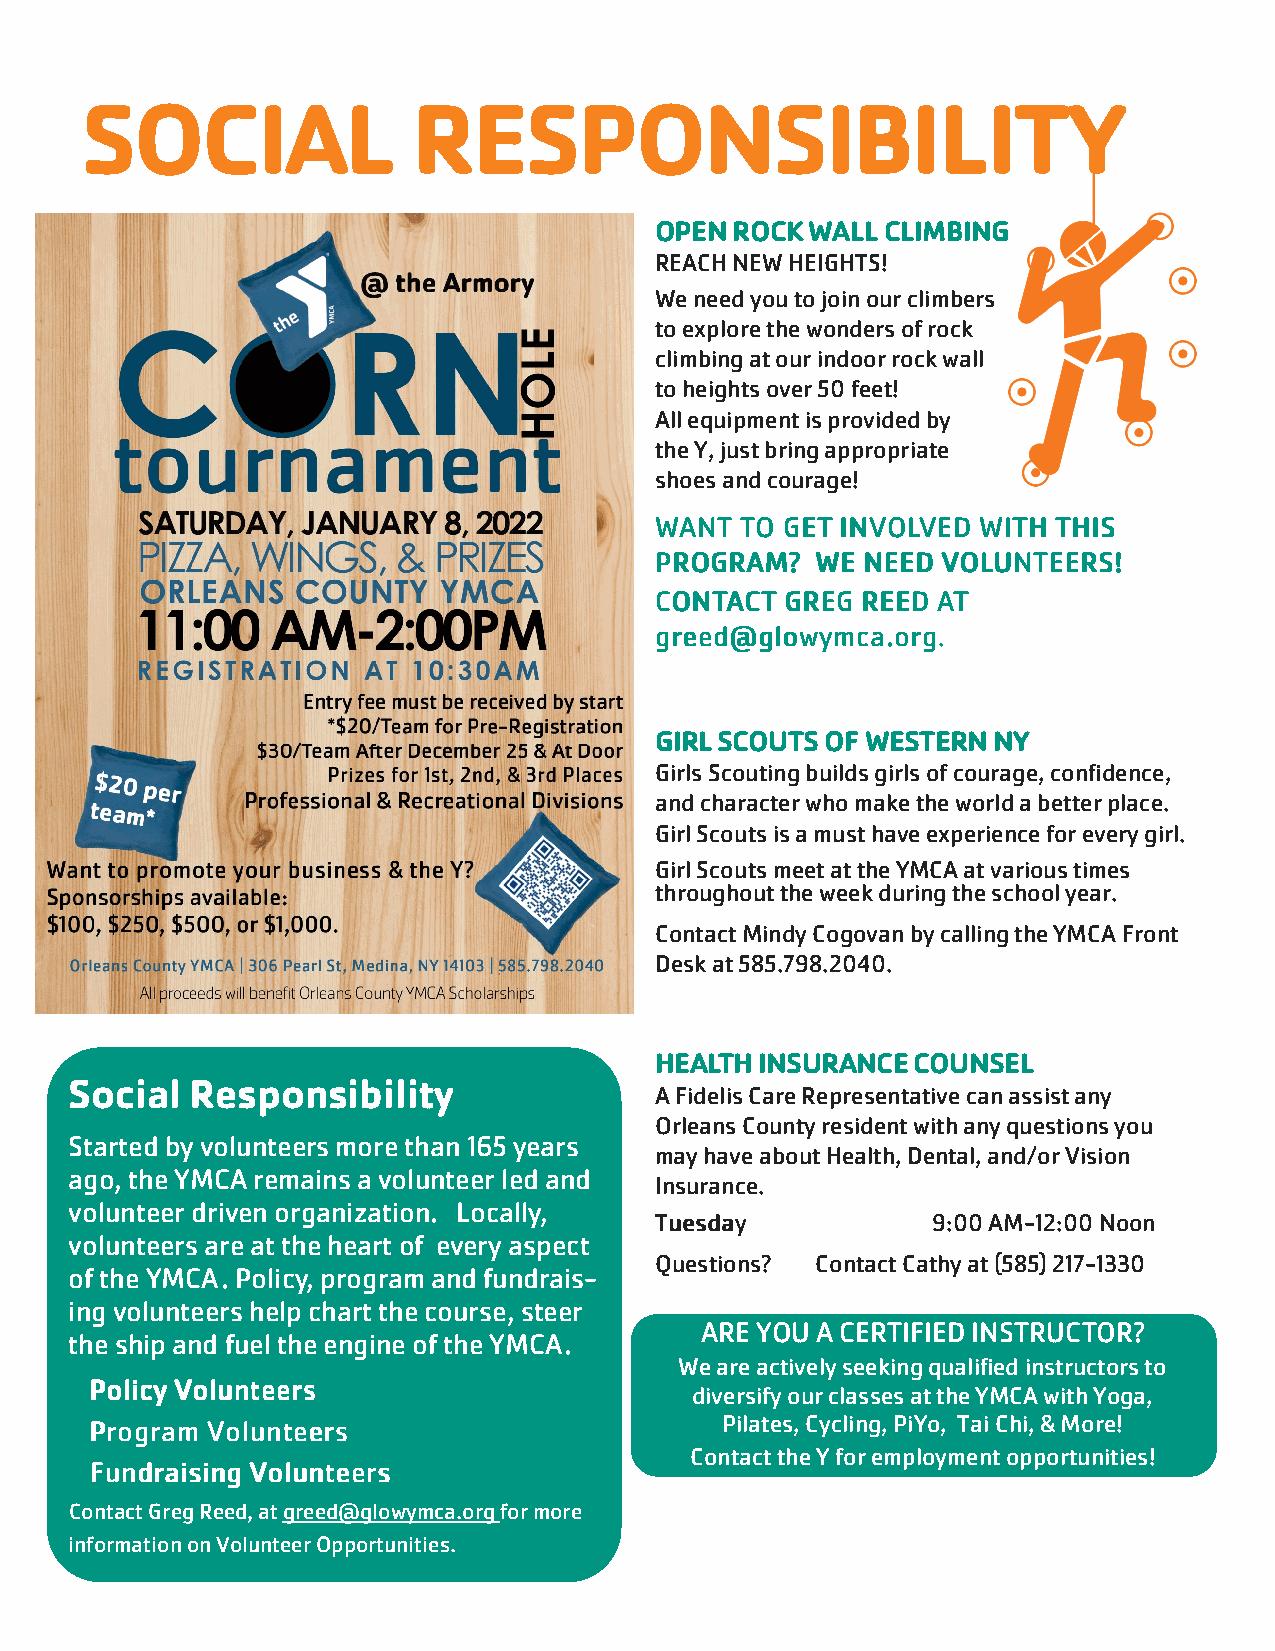
SOCIAL                RESPONSIBILITY
 OPEN ROCK  WALL CLIMBING
 REACH NEW HEIGHTS!
 We need you to join our climbers
 to explore the wonders of rock
 climbing at our indoor rock wall
 to heights over 50 feet!
 All equipment is provided by
 the Y, just bring appropriate
 shoes and courage!
 WWWWAAAANNNNTTTT TTTTOOOO GGGGEEEETTTT IIIINNNNVVVVOOOOLLLLVVVVEEEEDDDD WWWWIIIITTTTHHHH TTTTHHHHIIIISSSS
 PPPPRRRROOOOGGGGRRRRAAAAMMMM???? WWWWEEEE NNNNEEEEEEEEDDDD VVVVOOOOLLLLUUUUNNNNTTTTEEEEEEEERRRRSSSS!!!!
 CCCCOOOONNNNTTTTAAAACCCCTTTT GGGGRRRREEEEGGGG RRRREEEEEEEEDDDD AAAATTTT
 ggggrrrreeeeeeeedddd@@@@gggglllloooowwwwyyyymmmmccccaaaa....oooorrrrgggg....
 GIRL SCOUTS OF WESTERN NY
 Girls Scouting builds girls of courage, confidence,
 and character who make the world a better place.
 Girl Scouts is a must have experience for every girl.
 Girl Scouts meet at the YMCA at various times
 throughout the week during the school year.
 Contact Mindy Cogovan by calling the YMCA Front
 Desk at 585.798.2040.
 HEALTH INSURANCE COUNSEL
 Social  Responsibility
 A Fidelis Care Representative can assist any
 Orleans County resident with any questions you
 Started by volunteers more than 165 years
 may have about Health, Dental, and/or Vision
 ago, the YMCA remains a volunteer led and
 Insurance.
 volunteer driven organization. Locally,
 TTTTuuuueeeessssddddaaaayyyy 9:00 AM-12:00 Noon
 volunteers are at the heart of every aspect
 Questions? Contact Cathy at (585) 217-1330
 of the YMCA. Policy, program and fundrais-
 ing volunteers help chart the course, steer
 ARE YOU A CERTIFIED INSTRUCTOR?
 the ship and fuel the engine of the YMCA.
 We are actively seeking qualified instructors to
 PPPPoooolllliiiiccccyyyy VVVVoooolllluuuunnnntttteeeeeeeerrrrssss
 diversify our classes at the YMCA with Yoga,
 PPPPrrrrooooggggrrrraaaammmm VVVVoooolllluuuunnnntttteeeeeeeerrrrssss Pilates, Cycling, PiYo, Tai Chi, & More!
 Contact the Y for employment opportunities!
 FFFFuuuunnnnddddrrrraaaaiiiissssiiiinnnngggg VVVVoooolllluuuunnnntttteeeeeeeerrrrssss
 Contact Greg Reed, at greed@glowymca.org for more
 information on Volunteer Opportunities.